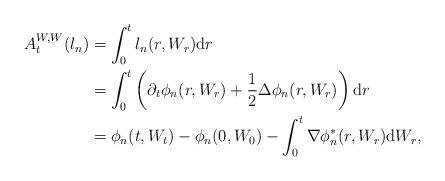
LaTeX: \begin{align*} A_t^{W,W}(l_n) &= \int_0^t l_n(r, W_r) \mathrm dr \\&= \int_0^t \left( \partial_t \phi_n(r, W_r) +\frac12 \Delta \phi_n (r, W_r)\right) \mathrm dr\\&= \phi_n(t, W_t)- \phi_n (0, W_0) - \int_0^t \nabla \phi_n^*(r, W_r) \mathrm d W_r, \end{align*}